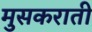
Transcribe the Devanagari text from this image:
मुसकराती